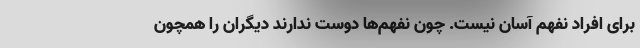
برای افراد نفهم آسان نیست. چون نفهم‌ها دوست ندارند دیگران را همچون